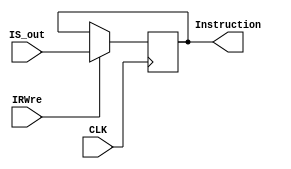
`timescale 1ns / 1ps
//////////////////////////////////////////////////////////////////////////////////
// Company: 
// Engineer: 
// 
// Design Name: 
// Module Name: IR
// Project Name: 
// Target Devices: 
// Tool Versions: 
// Description: 
// 
// Dependencies: 
// 
// Revision:
// Revision 0.01 - File Created
// Additional Comments:
// 
//////////////////////////////////////////////////////////////////////////////////


module IR(
    input [31:0]IS_out,
    input CLK,IRWre,
    output reg [31:0]Instruction
);
    always@(posedge CLK)
        begin
            if(IRWre)Instruction <= IS_out;
        end
endmodule